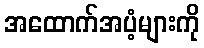
အထောက်အပံ့များကို